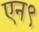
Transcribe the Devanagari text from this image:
एन९